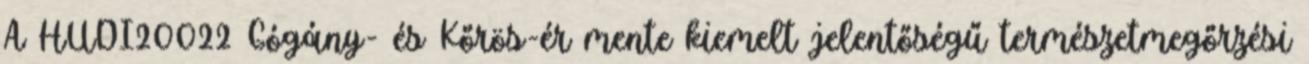
A HUDI20022 Gógány- és Kőrös-ér mente kiemelt jelentőségű természetmegőrzési